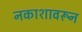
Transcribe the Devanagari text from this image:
नकाशावरून